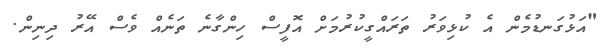
"އަޅުގަނޑުމެން އެ ކުޅިވަރު ތަރައްގީކުރުމަށް އޮފީސް ހިންގާނެ ތަނެއް ވެސް އޭރު ދިނިން.